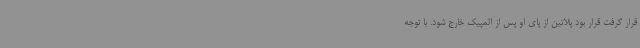
قرار گرفت قرار بود پلاتین از پای او پس از المپیک خارج شود. با توجه